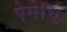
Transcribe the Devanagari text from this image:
ऐसेचि